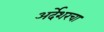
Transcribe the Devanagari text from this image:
अर्देशरचा